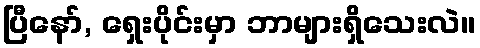
ပြီနော်, ရှေးပိုင်းမှာ ဘာများရှိသေးလဲ။